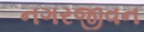
નગરજીવન